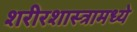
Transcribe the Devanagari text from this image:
शरीरशास्त्रामध्ये